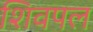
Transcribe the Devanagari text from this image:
शिवपल